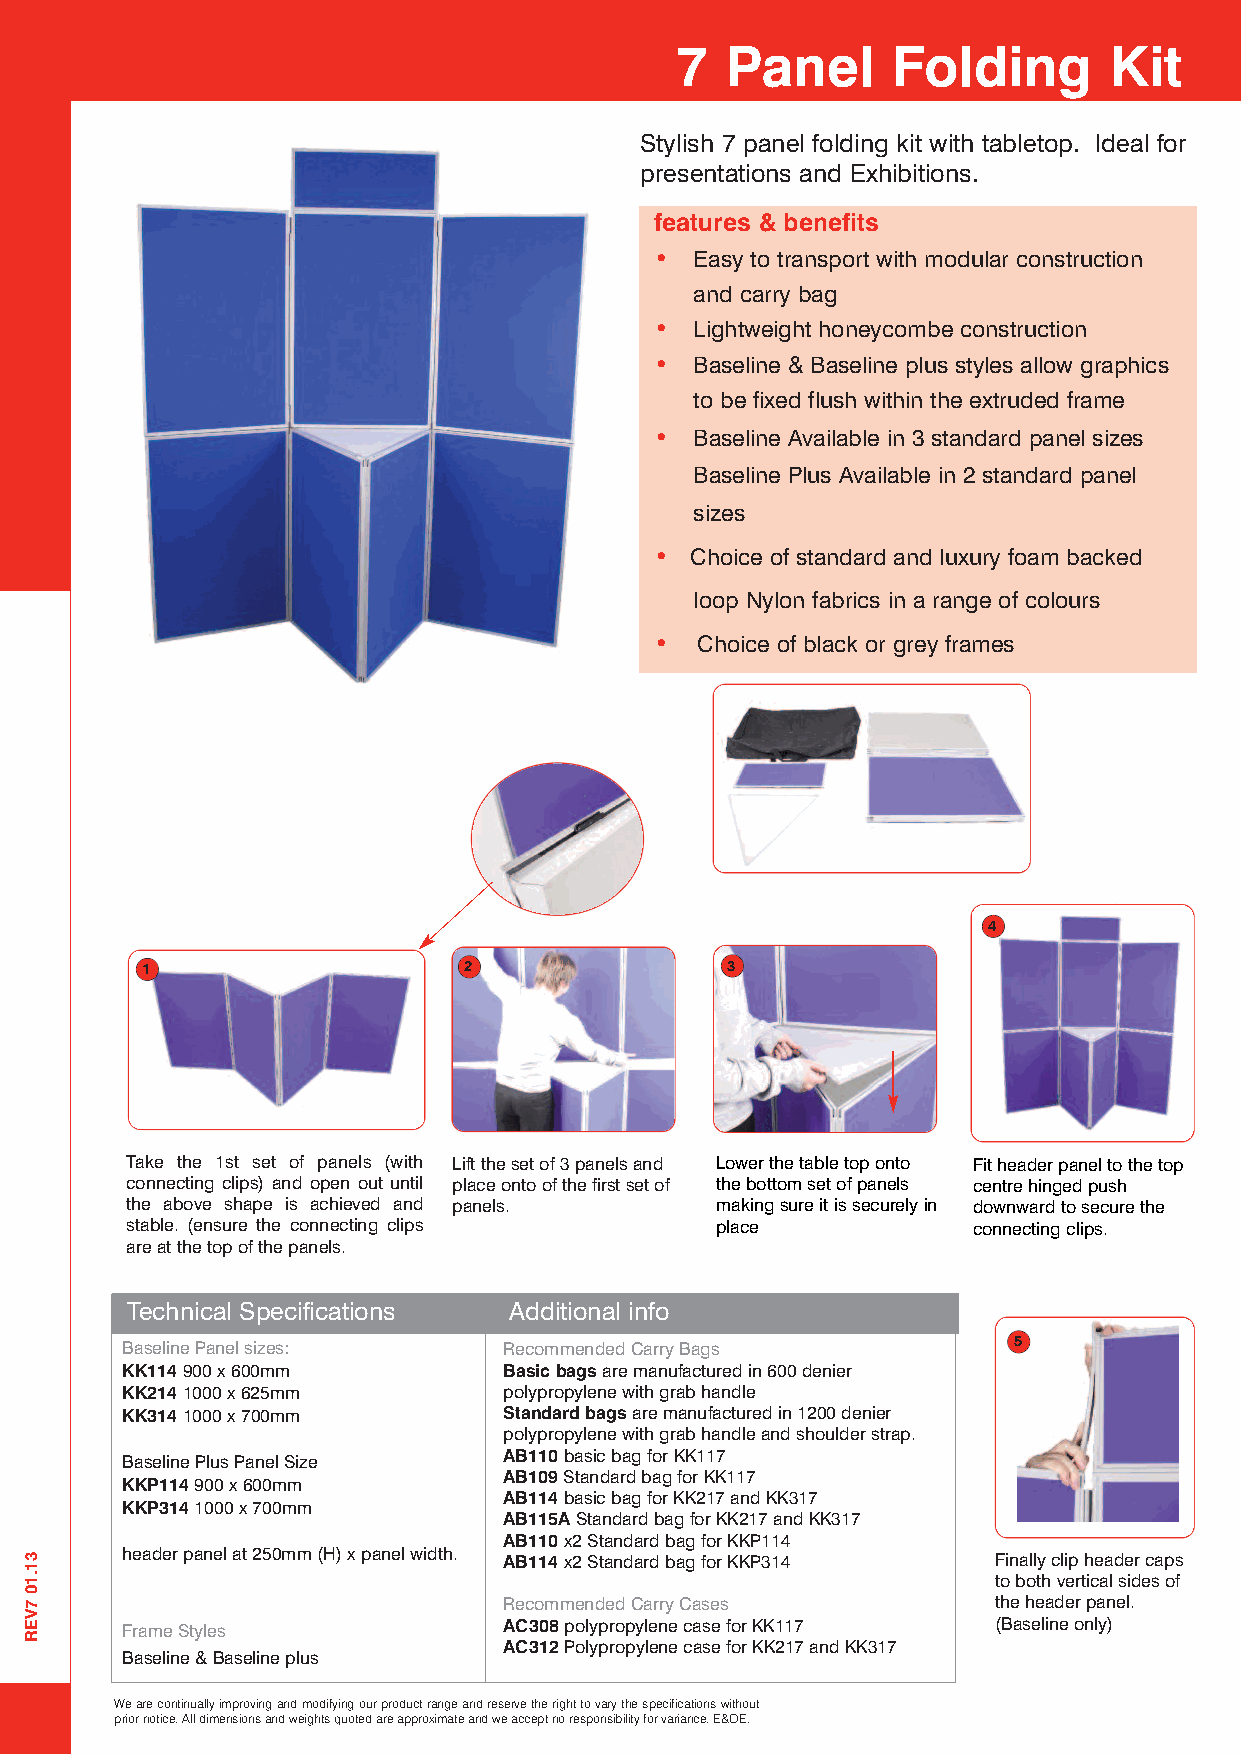
7  Panel      Folding       Kit
 Stylish 7 panel folding kit with tabletop. Ideal for
 presentations and Exhibitions.
 features & benefits
 •  Easy to transport with modular construction
 and carry bag
 •  Lightweight honeycombe construction
 •  Baseline & Baseline plus styles allow graphics
 to be fixed flush within the extruded frame
 •  Baseline Available in 3 standard panel sizes
 Baseline Plus Available in 2 standard panel
 sizes
 •  Choice of standard and luxury foam backed
 loop Nylon fabrics in a range of colours
 •  Choice of black or grey frames
 4
 1                     2                3
 Take the 1st set of panels (with Liftthesetof3panelsand Lowerthetabletoponto Fitheaderpaneltothetop
 connecting clips) and open out until placeontoofthefirstsetof thebottomsetofpanels centrehingedpush
 the above shape is achieved and panels. makingsureitissecurelyin downwardtosecurethe
 stable. (ensure the connecting clips   place            connectingclips.
 areatthetopofthepanels.
 Technical Specifications  Additional info
 BaselinePanelsizes:      RecommendedCarryBags              5
 KK114900x600mm           Basicbagsaremanufacturedin600denier
 KK2141000x625mm          polypropylenewithgrabhandle
 KK3141000x700mm          Standardbagsaremanufacturedin1200denier
 polypropylenewithgrabhandleandshoulderstrap.
 AB110basicbagforKK117
 BaselinePlusPanelSize
 AB109StandardbagforKK117
 KKP114900x600mm
 AB114basicbagforKK217andKK317
 KKP3141000x700mm
 AB115AStandardbagforKK217andKK317
 AB110x2StandardbagforKKP114
 headerpanelat250mm(H)xpanelwidth. AB114x2StandardbagforKKP314 Finallyclipheadercaps
 tobothverticalsidesof
 RecommendedCarryCases            theheaderpanel.
 FrameStyles              AC308polypropylenecaseforKK117   (Baselineonly)
 AC312PolypropylenecaseforKK217andKK317
 Baseline&Baselineplus
 Wearecontinuallyimprovingandmodifyingourproductrangeandreservetherighttovarythespecificationswithout
 priornotice.Alldimensionsandweightsquotedareapproximateandweacceptnoresponsibilityforvariance.E&OE.
 31.107VER